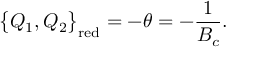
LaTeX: \big \{ Q _ { 1 } , Q _ { 2 } \big \} _ { \mathrm { r e d } } = - \theta = - \frac { 1 } { B _ { c } } .